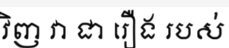
វិញ វា ជា រឿង របស់